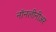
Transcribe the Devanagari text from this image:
नॉनलीनीअर